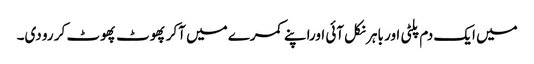
میں ایک دم پلٹی اور باہر نکل آئی اوراپنے کمرے میں آکر پھوٹ پھوٹ کر رو دی۔